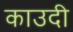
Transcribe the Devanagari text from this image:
काउदी